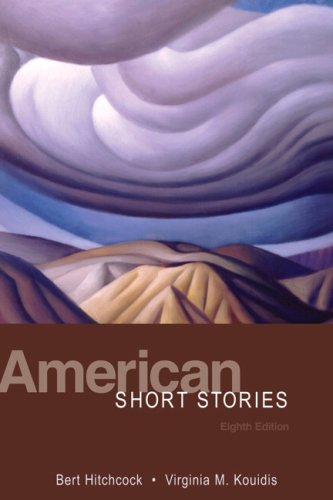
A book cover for American Short Stories (8th Edition); Bert Hitchcock; Science Fiction & Fantasy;